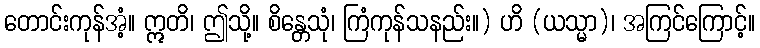
တောင်းကုန်အံ့။ ဣတိ၊ ဤသို့။ စိန္တေသုံ၊ ကြံကုန်သနည်း။) ဟိ (ယသ္မာ)၊ အကြင်ကြောင့်။